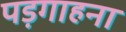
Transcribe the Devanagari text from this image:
पड़गाहना